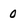
Character: 0